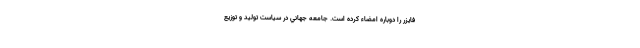
فایزر را دوباره امضاء کرده است. جامعه جهاني در سياست توليد و توزيع